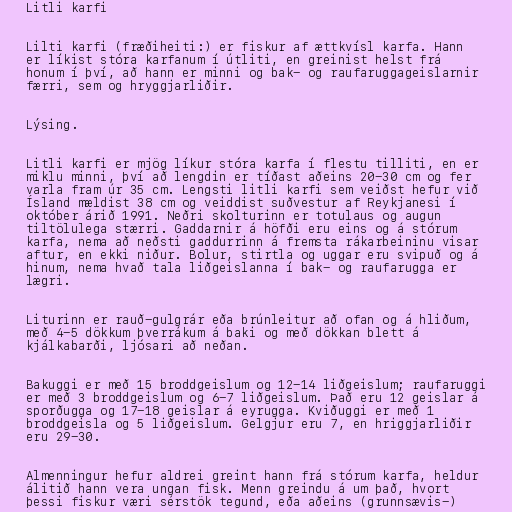
Litli karfi

Lilti karfi (fræðiheiti:) er fiskur af ættkvísl karfa. Hann
er líkist stóra karfanum í útliti, en greinist helst frá
honum í því, að hann er minni og bak- og raufaruggageislarnir
færri, sem og hryggjarliðir.

Lýsing.

Litli karfi er mjög líkur stóra karfa í flestu tilliti, en er
miklu minni, því að lengdin er tíðast aðeins 20-30 cm og fer
varla fram úr 35 cm. Lengsti litli karfi sem veiðst hefur við
Ísland mældist 38 cm og veiddist suðvestur af Reykjanesi í
október árið 1991. Neðri skolturinn er totulaus og augun
tiltölulega stærri. Gaddarnir á höfði eru eins og á stórum
karfa, nema að neðsti gaddurrinn á fremsta rákarbeininu visar
aftur, en ekki niður. Bolur, stirtla og uggar eru svipuð og á
hinum, nema hvað tala liðgeislanna í bak- og raufarugga er
lægri.

Liturinn er rauð-gulgrár eða brúnleitur að ofan og á hliðum,
með 4-5 dökkum þverrákum á baki og með dökkan blett á
kjálkabarði, ljósari að neðan.

Bakuggi er með 15 broddgeislum og 12-14 liðgeislum; raufaruggi
er með 3 broddgeislum og 6-7 liðgeislum. Það eru 12 geislar á
sporðugga og 17-18 geislar á eyrugga. Kviðuggi er með 1
broddgeisla og 5 liðgeislum. Gelgjur eru 7, en hriggjarliðir
eru 29-30.

Almenningur hefur aldrei greint hann frá stórum karfa, heldur
álitið hann vera ungan fisk. Menn greindu á um það, hvort
þessi fiskur væri sérstök tegund, eða aðeins (grunnsævis-)